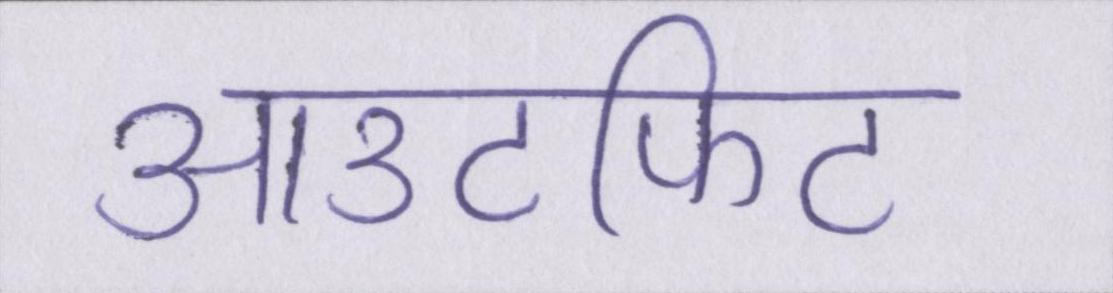
आउटफिट